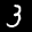
Label: 3